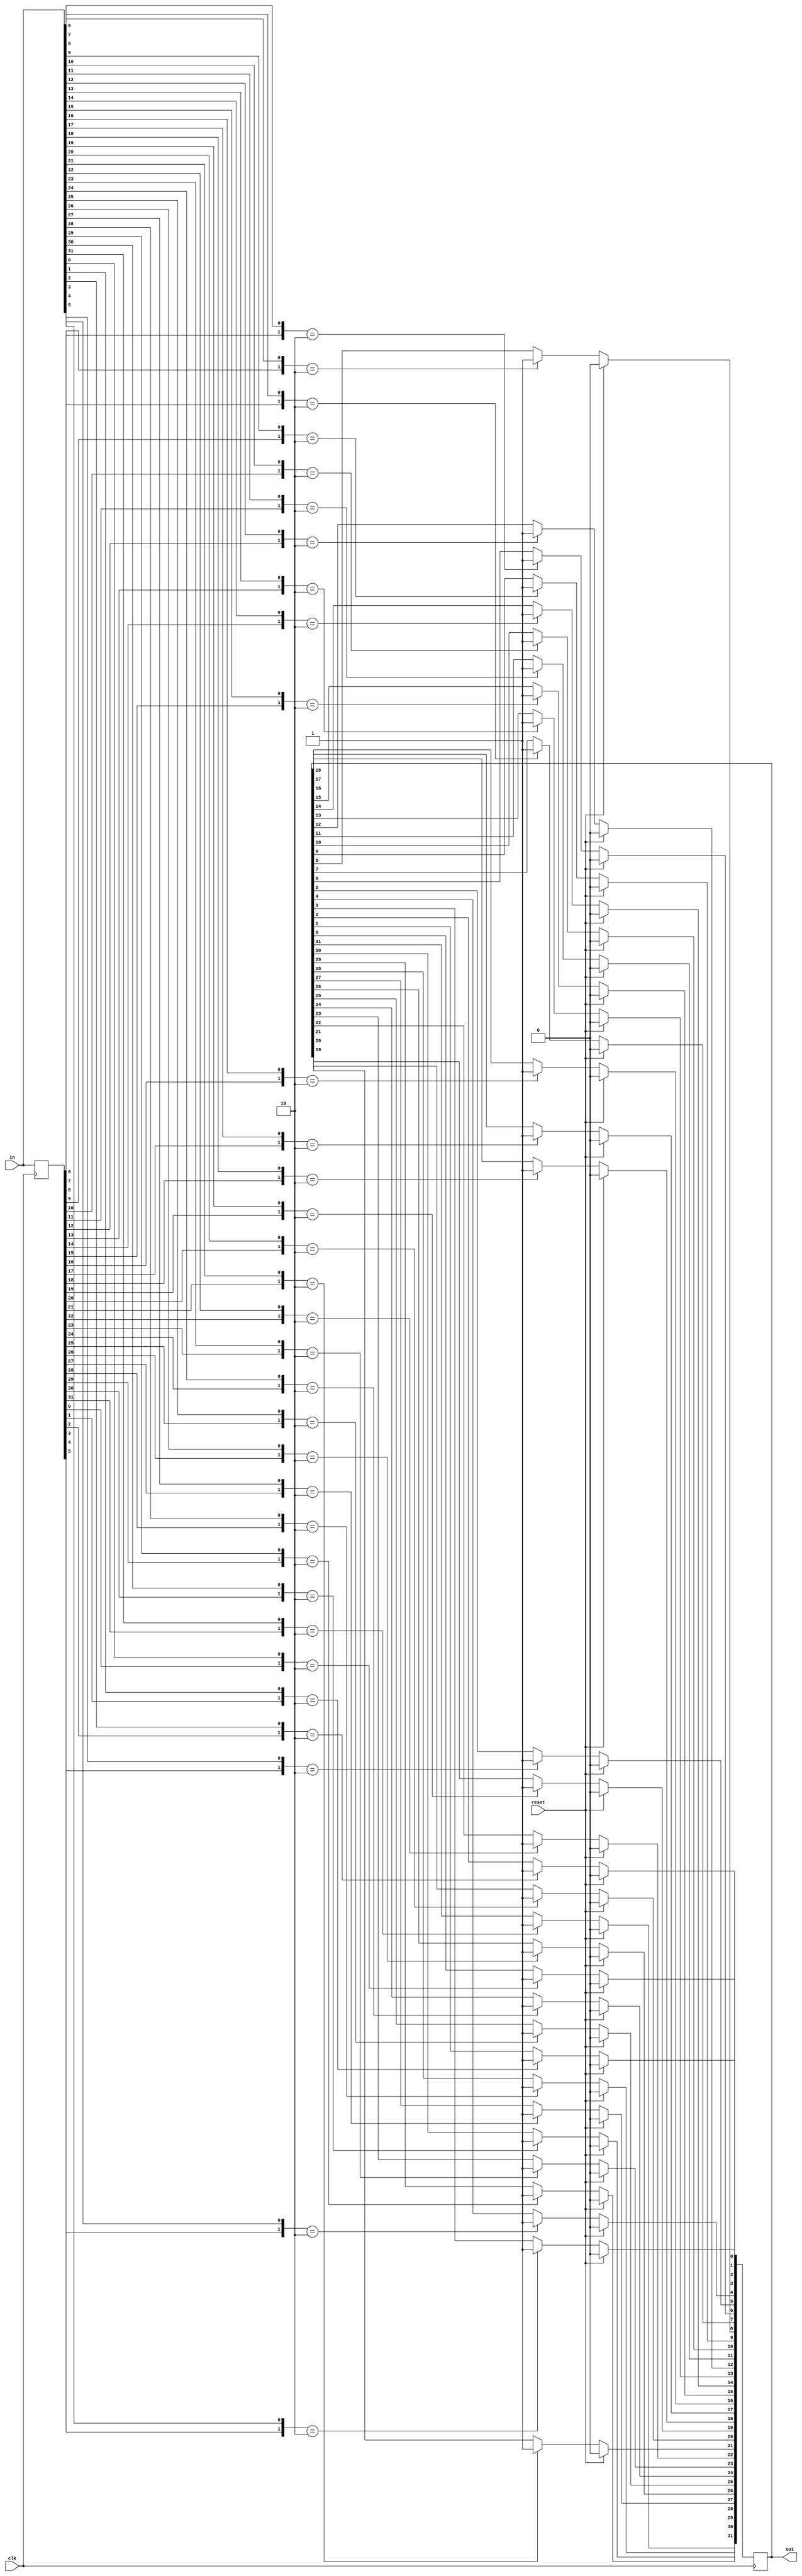
module top_module(
    input clk,
    input reset,
    input [31:0] in,
    output [31:0] out
);
    
    reg [31:0]temp;
	integer i;
    
	always @(posedge clk)
        begin
			temp<=in;
		end

	always @(posedge clk)
        begin
    		if (reset)
        		begin
            		out<=32'd0;
				end
			else
        		begin
    				for (i=0;i<32;i=i+1)
                      	if({temp[i], in[i]}==2'b10)
                            out[i]<=1'b1;
				end
		end
    
endmodule